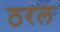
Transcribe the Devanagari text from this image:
ठरल